Annual administration and progress report of the Indian Medical Department, Bombay
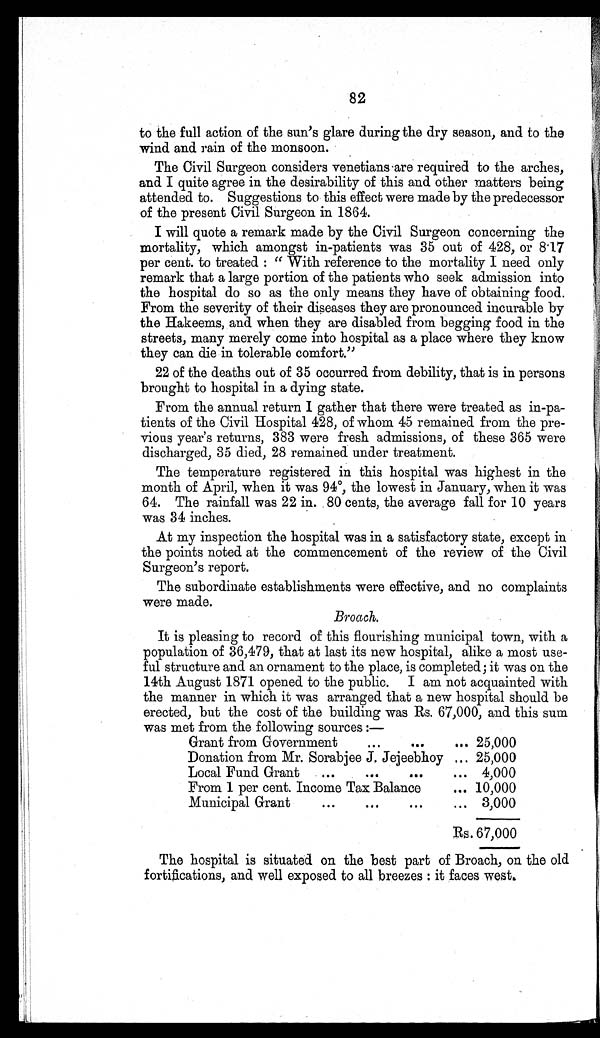
82
to the full action of the sun's glare during the dry season, and to the
wind and rain of the monsoon.
The Civil Surgeon considers venetians are required to the arches,
and I quite agree in the desirability of this and other matters being
attended to. Suggestions to this effect were made by the predecessor
of the present Civil Surgeon in 1864.
I will quote a remark made by the Civil Surgeon concerning the
mortality, which amongst in-patients was 35 out of 428, or 8.17
per cent. to treated : " With reference to the mortality I need only
remark that a large portion of the patients who seek admission into
the hospital do so as the only means they have of obtaining food.
From the severity of their diseases they are pronounced incurable by
the Hakeems, and when they are disabled from begging food in the
streets, many merely come into hospital as a place where they know
they can die in tolerable comfort."
22 of the deaths out of 35 occurred from debility, that is in persons
brought to hospital in a dying state.
From the annual return I gather that there were treated as in-pa-
tients of the Civil Hospital 428, of whom 45 remained from the pre-
vious year's returns, 383 were fresh admissions, of these 365 were
discharged, 35 died, 28 remained under treatment.
The temperature registered in this hospital was highest in the
month of April, when it was 94°, the lowest in January, when it was
64. The rainfall was 22 in. 80 cents, the average fall for 10 years
was 34 inches.
At my inspection the hospital was in a satisfactory state, except in
the points noted at the commencement of the review of the Civil
Surgeon's report.
The subordinate establishments were effective, and no complaints
were made.
Broach.
It is pleasing to record of this flourishing municipal town, with a
population of 36,479, that at last its new hospital, alike a most use-
ful structure and an ornament to the place, is completed; it was on the
14th August 1871 opened to the public. I am not acquainted with
the manner in which it was arranged that a new hospital should be
erected, but the cost of the building was Rs. 67,000, and this sum
was met from the following sources :—
Grant from Governent
...
...
... 25,000
Donation from Mr. Sorabjee J. Jejeebhoy ... 25,000
Local Fund Grant ...
...
...
... 4,000
From 1 per cent Income Tax Balance
... 10,000
Municipal Grant
...
...
...
... 3,000
Rs. 67,000
The hospital is situated on the best part of Broach, on the old
fortifications, and well exposed to all breezes : it faces west.